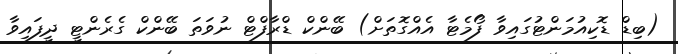
(ބިޑް ޑޮކިއުމަންޓުގައިވާ ފޯމެޓާ އެއްގޮތަށް) ބޭންކް ޑްރާފްޓް ނުވަތަ ބޭންކް ގެރެންޓީ ދީފައިވާ